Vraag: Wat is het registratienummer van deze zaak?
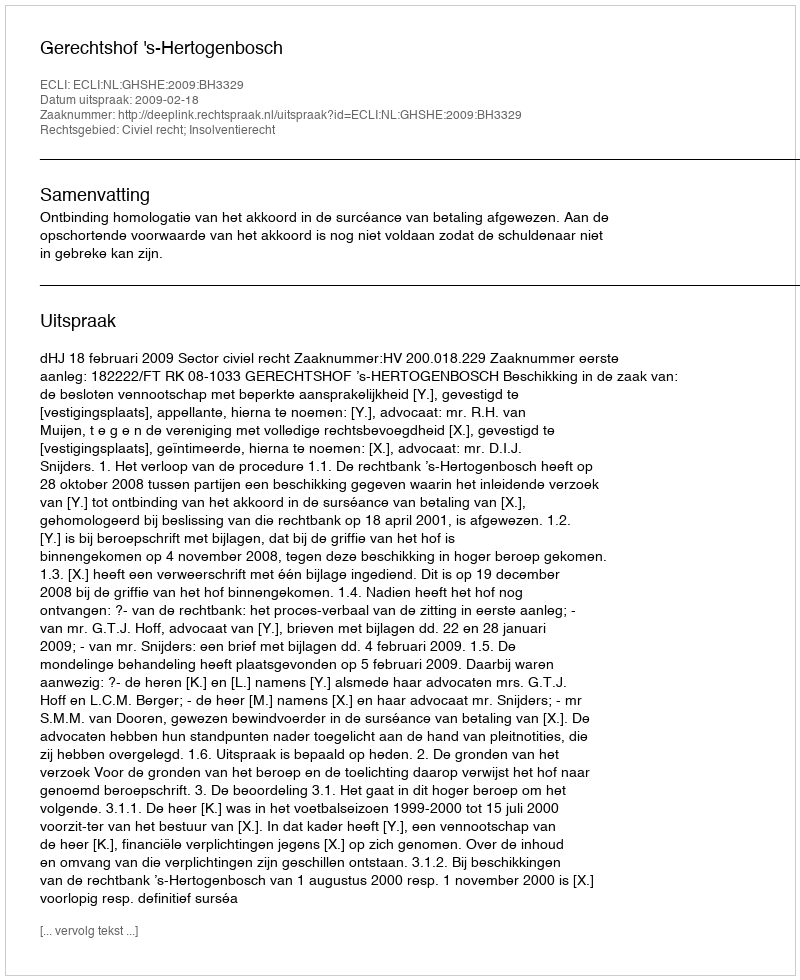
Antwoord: http://deeplink.rechtspraak.nl/uitspraak?id=ECLI:NL:GHSHE:2009:BH3329